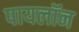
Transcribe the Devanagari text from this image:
पायलॉन